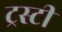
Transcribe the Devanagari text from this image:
ट्रस्‍टी